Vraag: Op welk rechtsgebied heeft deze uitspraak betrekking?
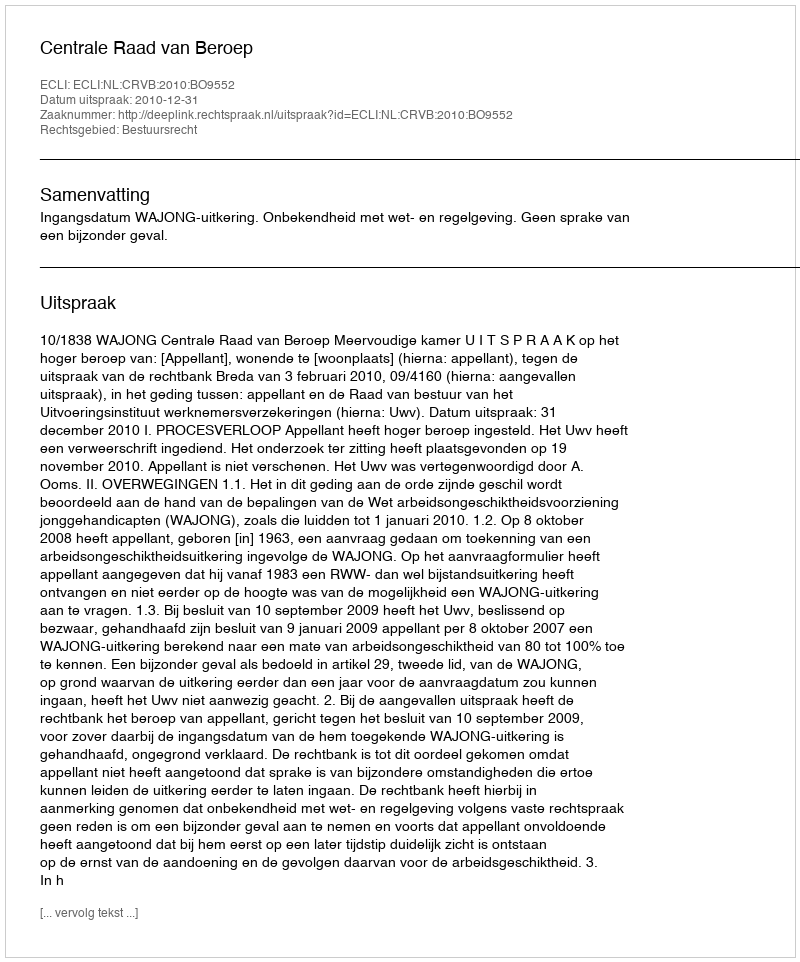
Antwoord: Bestuursrecht